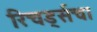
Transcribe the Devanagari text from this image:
रिचर्ड्सचा